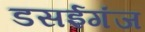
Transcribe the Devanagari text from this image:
डसईगंज